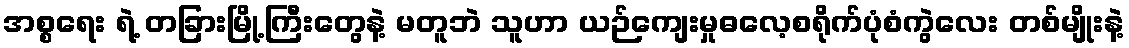
အစ္စရေး ရဲ့ တခြားမြို့ကြီးတွေနဲ့ မတူဘဲ သူဟာ ယဉ်ကျေးမှုဓလေ့စရိုက်ပုံစံကွဲလေး တစ်မျိုးနဲ့